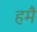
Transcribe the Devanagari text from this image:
हमै